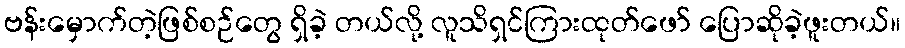
ဗန်းမှောက်တဲ့ဖြစ်စဉ်တွေ ရှိခဲ့ တယ်လို့ လူသိရှင်ကြားထုတ်ဖော် ပြောဆိုခဲ့ဖူးတယ်။